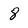
Character: 8